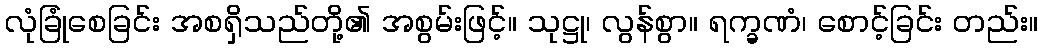
လုံခြုံစေခြင်း အစရှိသည်တို့၏ အစွမ်းဖြင့်။ သုဋ္ဌု၊ လွန်စွာ။ ရက္ခဏံ၊ စောင့်ခြင်း တည်း။